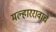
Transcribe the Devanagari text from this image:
मल्हाररावाचे